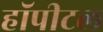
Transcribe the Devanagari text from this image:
हॉपीटल